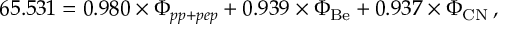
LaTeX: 6 5 . 5 3 1 = 0 . 9 8 0 \times \Phi _ { p p + p e p } + 0 . 9 3 9 \times \Phi _ { \mathrm { B e } } + 0 . 9 3 7 \times \Phi _ { \mathrm { C N } } \, ,